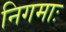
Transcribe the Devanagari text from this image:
निगमाः